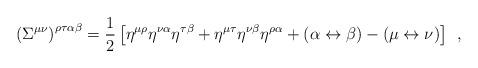
LaTeX: \begin{align*}\left( \Sigma ^{\mu \nu }\right) ^{\rho \tau \alpha \beta }=\frac 12\left[\eta ^{\mu \rho }\eta ^{\nu \alpha }\eta ^{\tau \beta }+\eta ^{\mu \tau}\eta ^{\nu \beta }\eta ^{\rho \alpha }+\left( \alpha \leftrightarrow \beta\right) -\left( \mu \leftrightarrow \nu \right) \right] \;\,,\end{align*}